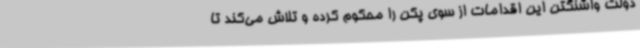
دولت واشنگتن این اقدامات از سوی پکن را محکوم کرده و تلاش می‌کند تا